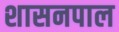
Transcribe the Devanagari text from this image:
शासनपाल